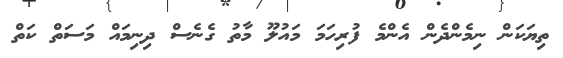
ތިޔަކަން ނިމެންދެން އެންމެ ފުރިހަމަ މައުލޫ މާތު ގެނެސް ދިނިމައް މަސަތް ކަތް